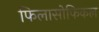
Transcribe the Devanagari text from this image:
फिलासोफिकल